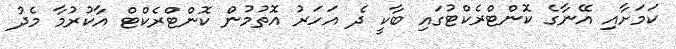
ކަމަށާއި އޭނާގެ ކޮންޓްރެކްޓުގައި ބާކީ ދެ އަހަރު އޮތުމުން ކޮންޓްރެކްޓް އާކުރުމާ މެދު